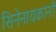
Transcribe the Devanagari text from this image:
सिनेनायकांनी